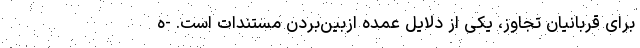
برای قربانیان تجاوز، یکی از دلایل عمده ازبین‌بردن مستندات است. -ه